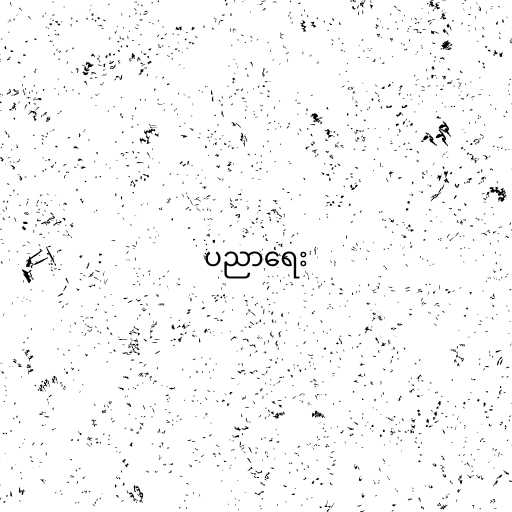
ပညာရေး